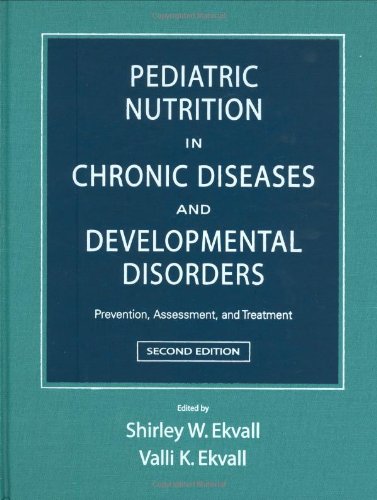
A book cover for Pediatric Nutrition in Chronic Diseases and Developmental Disorders: Prevention, Assessment, and Treatment; Medical Books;